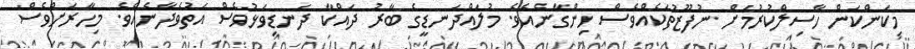
މިކަންކަން ހާސިލްކުރުމަށް ނުފޫޒުތަކެއްވެސް ހިންގާނެއެވެ. މުލައްދަނޑީގެ ބާރު ދައްކާ ދަނޑިވަޅުވެސް އަތުވެދާނެއެވެ. މިހާރަށްވެސް